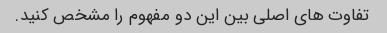
تفاوت های اصلی بین این دو مفهوم را مشخص کنید.